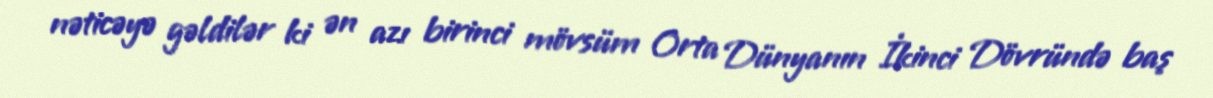
nəticəyə gəldilər ki ən azı birinci mövsüm Orta Dünyanın İkinci Dövründə baş